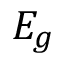
E _ { g }